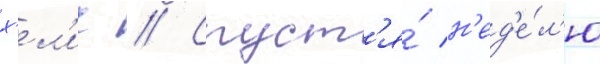
х'ел'ис // Спуст'я́ н'ед'е́л'ю